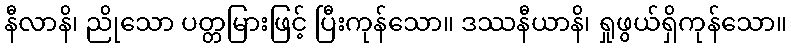
နီလာနိ၊ ညိုသော ပတ္တမြားဖြင့် ပြီးကုန်သော။ ဒဿနီယာနိ၊ ရှုဖွယ်ရှိကုန်သော။